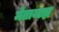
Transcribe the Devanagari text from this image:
मेतायाझ़